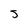
Character: S